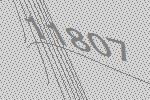
11807